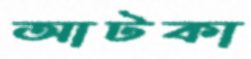
আটকা